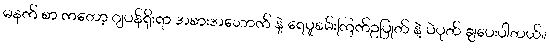
မနက် စာ ကတော့ ဂျပန်ရိုးရာ အစားအသောက် နဲ့ ရေပူစမ်းကြက်ဥပြုတ် နဲ့ ပဲပုတ် ချပေးပါတယ်။